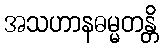
အသဟာနဓမ္မတန္တိ